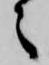
之